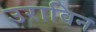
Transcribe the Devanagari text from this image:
उराविन